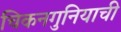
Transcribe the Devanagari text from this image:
चिकनगुनियाची